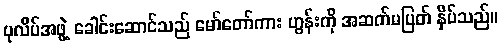
ပုလိပ်အဖွဲ့ ခေါင်းဆောင်သည် မော်တော်ကား ဟွန်းကို အဆက်မပြတ် န်ှိပ်သည်။